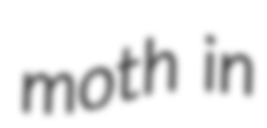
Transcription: moth in